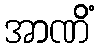
အာဏိံ